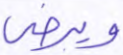
ويرضى